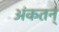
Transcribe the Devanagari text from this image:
अंकतन्